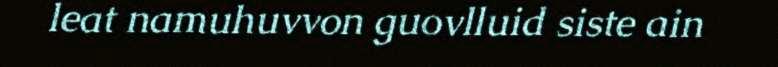
leat namuhuvvon guovlluid siste ain